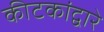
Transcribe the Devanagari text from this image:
कीटकांद्वारे